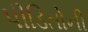
પીડિતોની